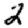
Digit: 2